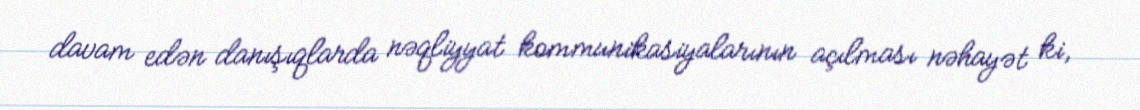
davam edən danışıqlarda nəqliyyat kommunikasiyalarının açılması nəhayət ki,